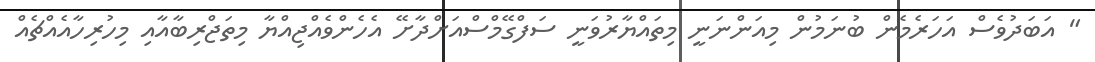
" އަބަދުވެސް އަހަރެމެން ބުނަމުން މިއަންނަނީ މިތައްޔާރުވަނީ ސަފްގޭމްސްއަށްދާށޭ އެހެންވެއްޖިއްޔާ މިތަޖްރިބާއާއި މިހުރިހާއެއްޗެއް